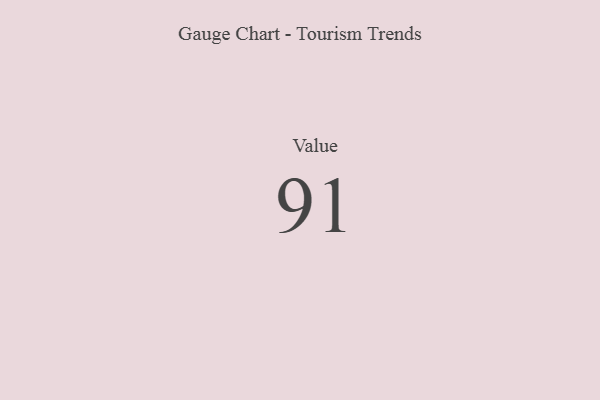
{"axis": {"x": "Metric", "y": "Value"}, "legend": [""], "data": [{"x": "Value", "y": 91, "type": ""}]}